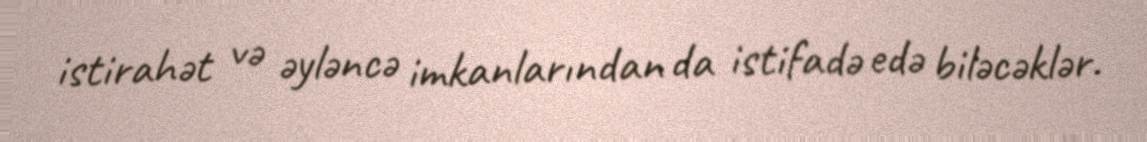
istirahət və əyləncə imkanlarından da istifadə edə biləcəklər.